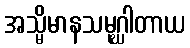
အသ္မိမာနသမုဂ္ဃါတာယ